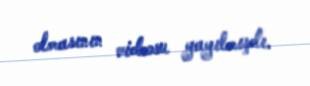
olmasının videosu yayılmışdı.